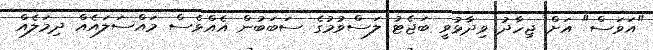
"އަވަސް" އަށް ޖިހާދު ވިދާޅުވީ ބަޖެޓު ލަސްވުމުގެ ސަބަބުން އެއްވެސް މައްސަލައެއް ދިމަލެއް